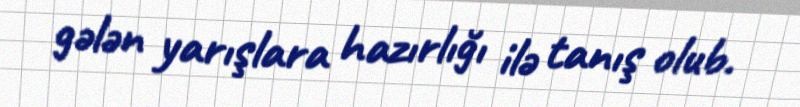
gələn yarışlara hazırlığı ilə tanış olub.